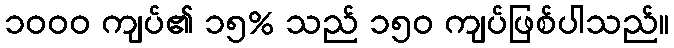
၁၀၀၀ ကျပ်၏ ၁၅% သည် ၁၅၀ ကျပ်ဖြစ်ပါသည်။